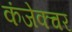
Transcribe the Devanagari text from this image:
कंजेक्चर